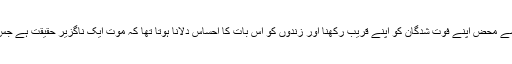
ان کے ہاں اس طریقے سے محض اپنے فوت شدگان کو اپنے قریب رکھنا اور زندوں کو اس بات کا احساس دلانا ہوتا تھا کہ موت ایک ناگزیر حقیقت ہے جس کیلئے تیار رہنا چاہیے۔